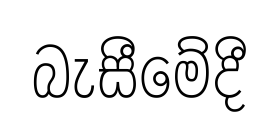
බැසීමේදී